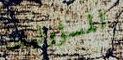
المسؤوليات